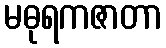
မဓုရကဇာတာ